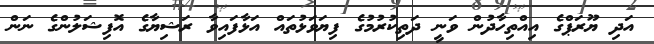
އަދި ޔޫރަޕްގެ އިއްތިހާދުން ވަނީ ދަތިކުރުމުގެ ފިޔަވަޅުތައް އަޅާފައިވާ ރަޝިޔާގެ އޮފިޝަލުންގެ ނަން